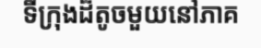
ទីក្រុងដ៏តូចមួយនៅភាគ